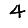
Digit: 4